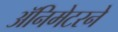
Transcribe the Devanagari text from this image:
ॲनिमेटरने